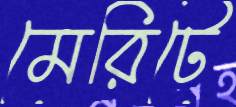
মেরিটে